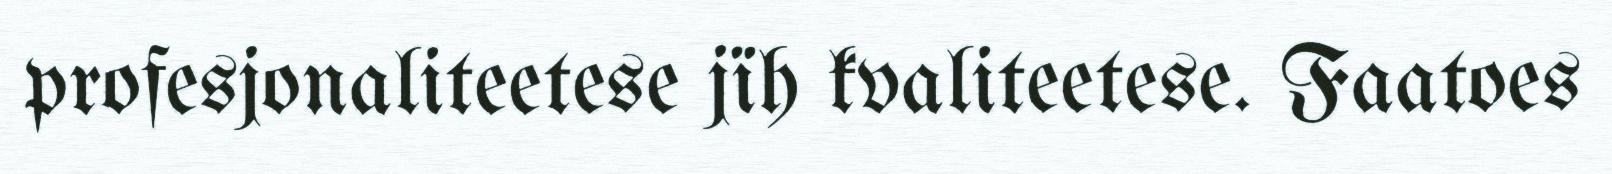
profesjonaliteetese jïh kvaliteetese. Faatoes